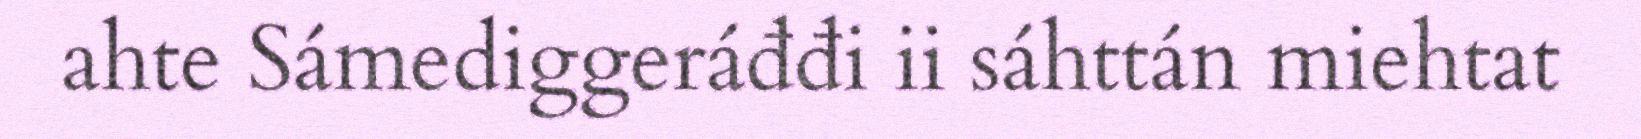
ahte Sámediggeráđđi ii sáhttán miehtat